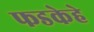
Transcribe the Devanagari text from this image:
फडकेहे